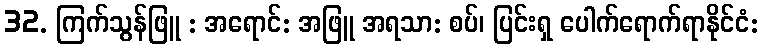
32. ကြက်သွန်ဖြူ : အရောင်: အဖြူ အရသာ: စပ်၊ ပြင်းရှ ပေါက်ရောက်ရာနိုင်ငံ: